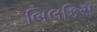
બિલકિસ